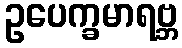
ဥပေက္ခမာရဗ္ဘ